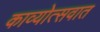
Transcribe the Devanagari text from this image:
काव्योत्सवात